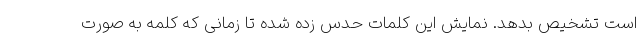
است تشخیص بدهد. نمایش این کلمات حدس زده شده تا زمانی که کلمه به صورت